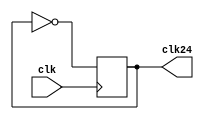
`timescale 1ns / 1ps
//////////////////////////////////////////////////////////////////////////////////
// Company: 
// Engineer: 
// 
// Design Name: 
// Module Name: clk24
// Project Name: 
// Target Devices: 
// Tool Versions: 
// Description: 
// 
// Dependencies: 
// 
// Revision:
// Revision 0.01 - File Created
// Additional Comments:
// 
//////////////////////////////////////////////////////////////////////////////////


module clk24(
    input       clk,
    output reg  clk24
    );
    
    initial begin
        clk24 <= 1'b0;
    end
    
    always @(posedge clk) begin
        clk24 <= ~clk24;
    end
    
endmodule